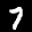
Label: 7